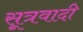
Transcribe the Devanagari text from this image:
सूत्रवादी